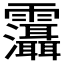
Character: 𩇋